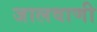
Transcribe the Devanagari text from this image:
जालवाणी